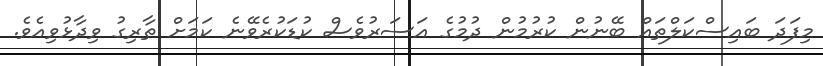
މިފަދަ ބައިސްކަލްތައް ބޭނުން ކުރުމުން ދުމުގެ އަސަރުވެސް ކުޑަކުރެވޭނެ ކަމަށް ތާރިގު ވިދާޅުވިއެވެ.